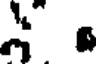
.